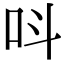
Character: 呌